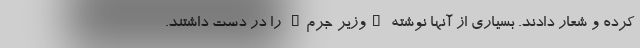
کرده و شعار دادند. بسیاری از آنها نوشته‌ "وزیر جرم" را در دست داشتند.